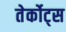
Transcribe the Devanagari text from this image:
तेर्कोट्स